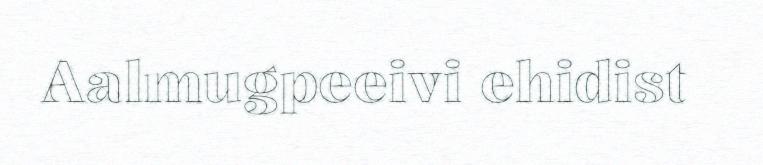
Aalmugpeeivi ehidist